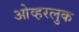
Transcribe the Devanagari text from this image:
ओव्हरलुक